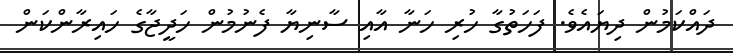
ދައްކަމުން ދިޔައެވެ. ފަހަތުގާ ހުރި ހަނާ އާއި ސާނިޔާ ފެނުމުން ހަދީޖާގެ ހައިރާންކަން